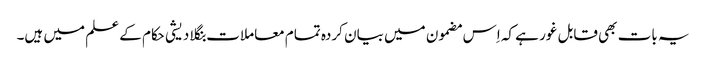
یہ بات بھی قابل غور ہے کہ اِس مضمون میں بیان کردہ تمام معاملات بنگلا دیشی حکام کے علم میں ہیں۔